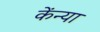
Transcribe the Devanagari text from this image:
केंन्या